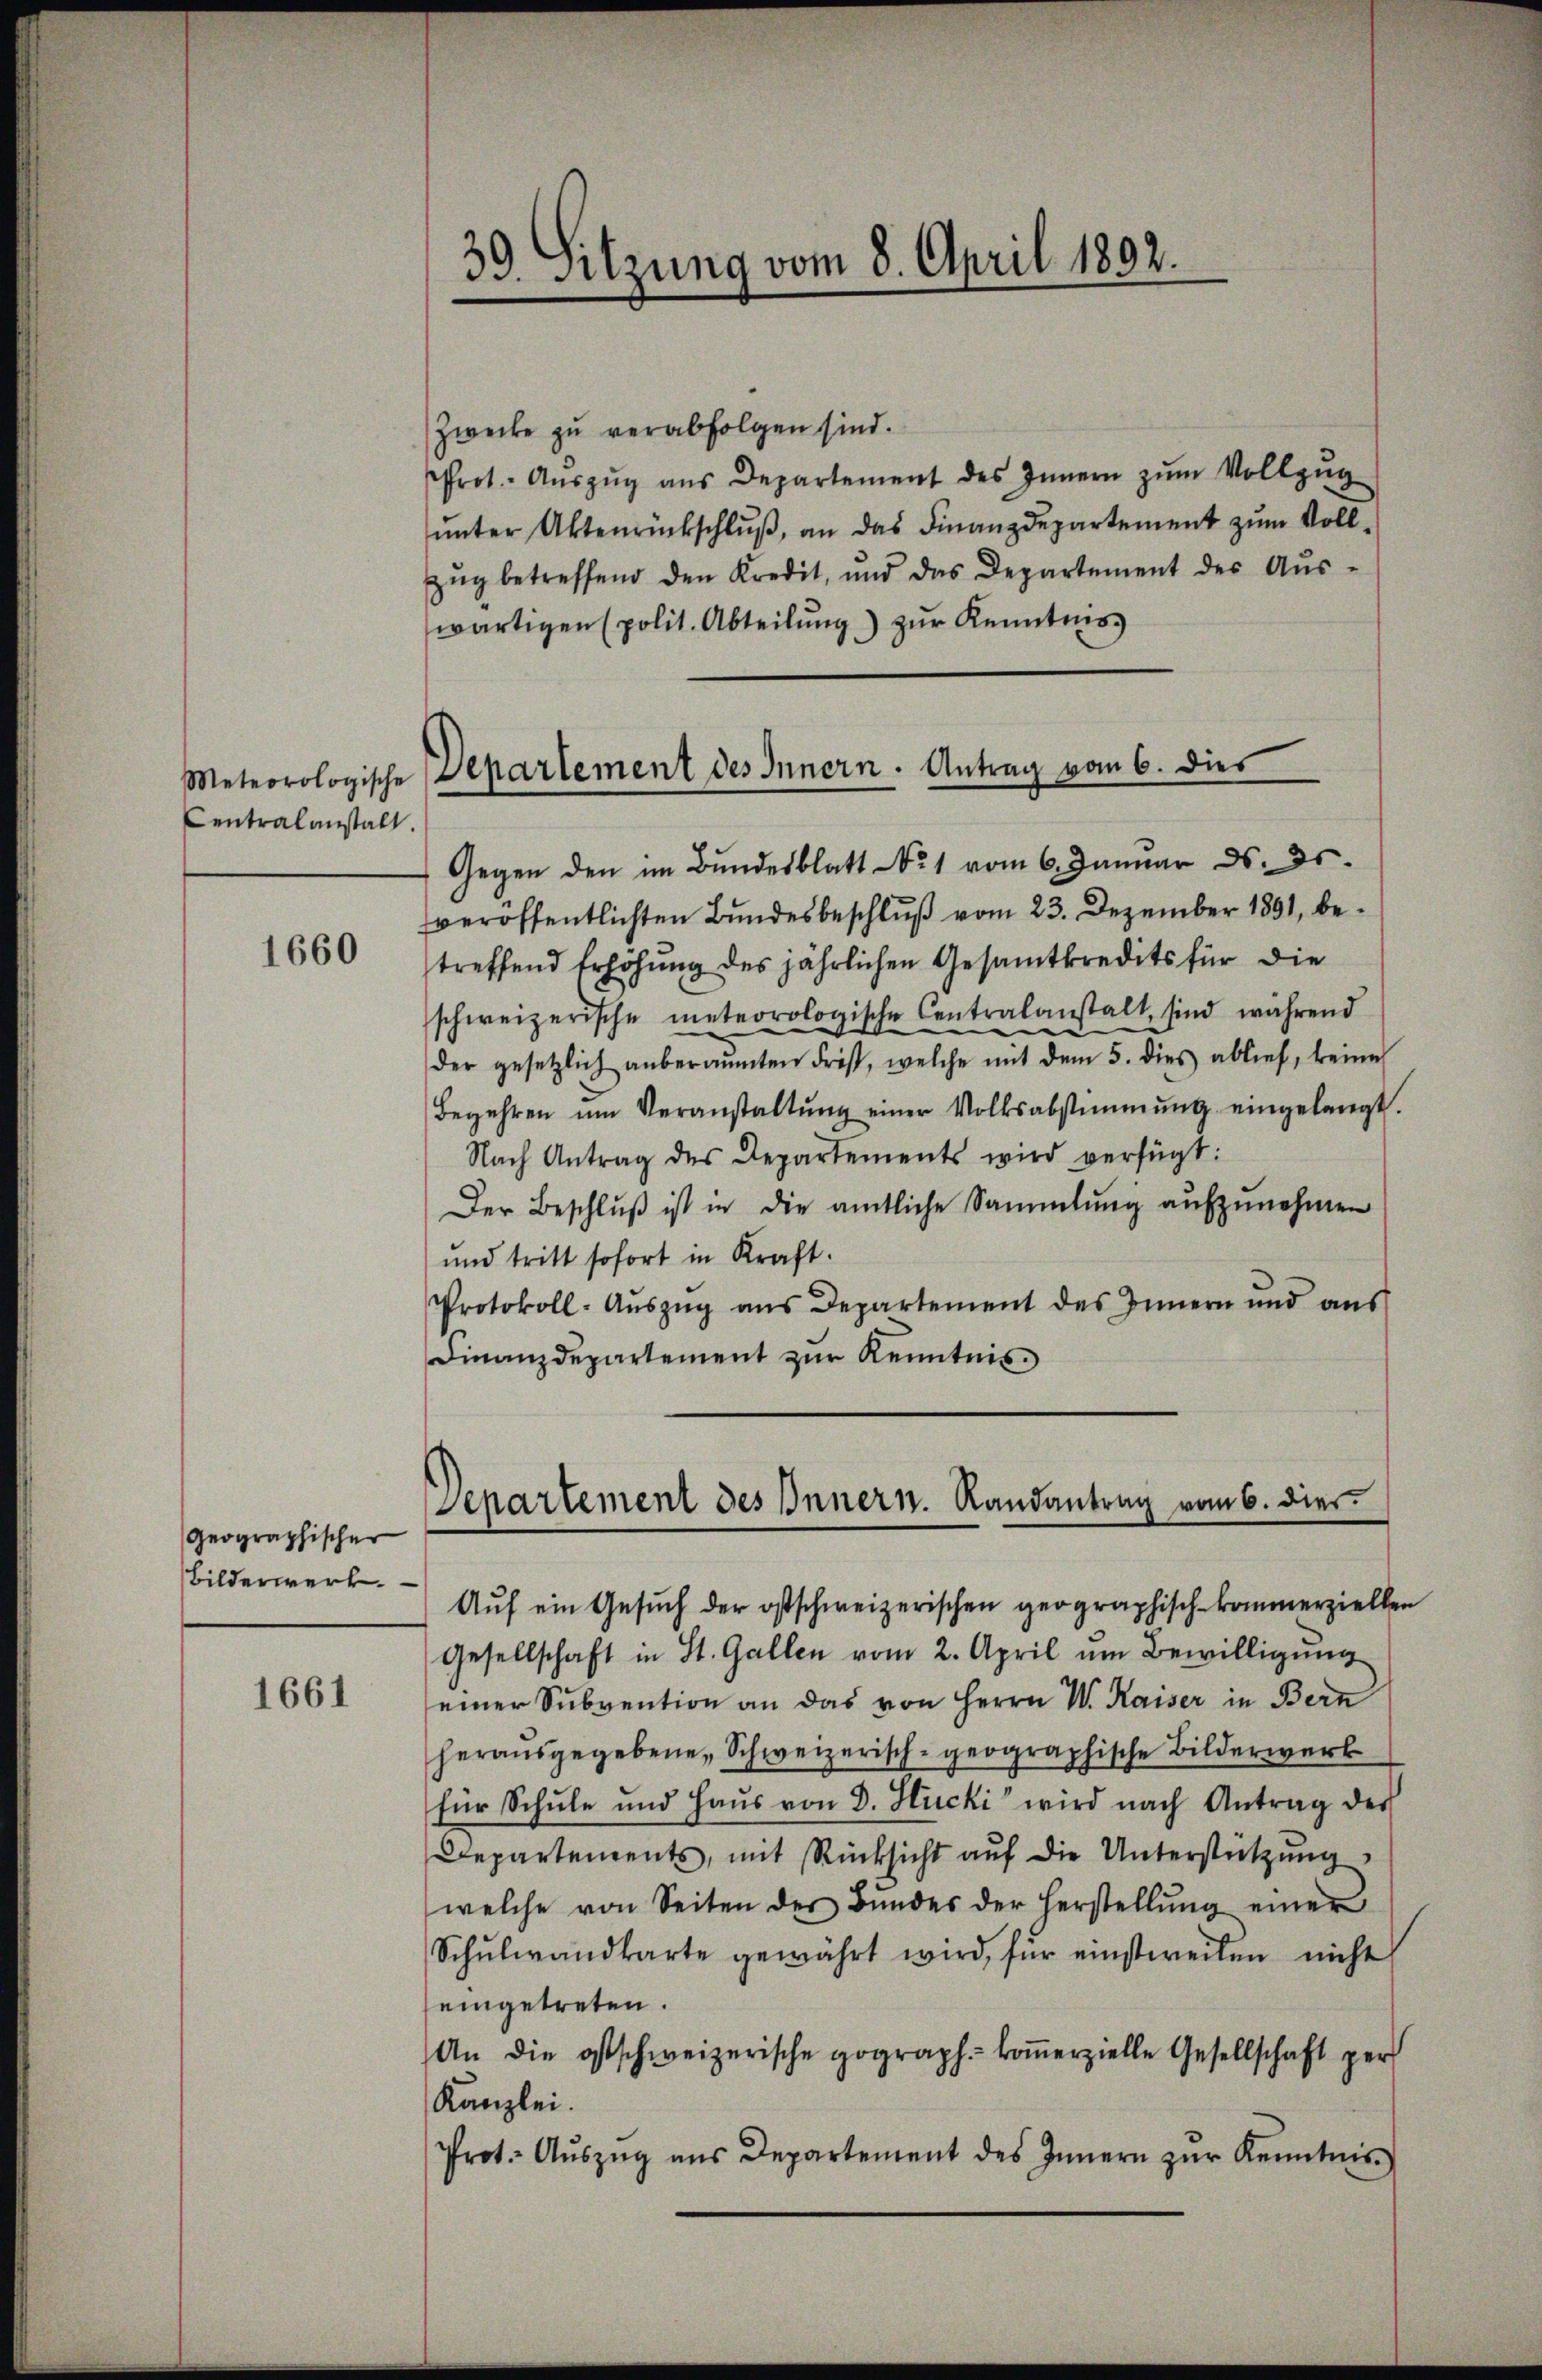
1660

Geographischer
Bilderwerk.

1661

Meteorologische
Centralanstalt.

39. Sitzung vom 8. April 1892.

Zwecke zu verabfolgen sind.
Prot. Aŭszŭg aŭs Departement des Innern zŭm Vollzŭg
ŭnter Aktenrückschlŭβ an das Finanzdepartement zŭm Voll-
Zŭg betreffend den Kredit, und das Departement der Aŭs-
wärtigen (polit. Abteilung) zur Kenntnis

Departement des Innern. Antrag vom 6. dies

Gegen den im Bundesblatt No. 1 vom 6. Januar d. Js.
veröffentlichten Bundesbeschlŭβ vom 23. Dezember 1891, betreffend Erhöhung des jährlichen Gesamtkredits für die
schweizerische meteorologische Centralanstalt sind während
der gesetzlich anberaŭmten Frist, welche mit dem 5. dies ablief, keine
Begehren ŭm Veranstaltŭng einer Volksabstimmung eingelangt.
Nach Antrag des Departements wird verfügt:
Der Beschluß ist in die amtliche Sammlung aufzunehmen
und tritt sofort in Kraft.
Protokoll-Auszug aus Departement des Innern und aus
Finanzdepartement zur Kenntnis.

Denartement des Innern. Landantrag vom 6. dies

Auf ein Gesuch der ostschweizerischen geographisch-kommerziellen
Gesellschaft in St. Gallen vom 2. April um Bewilligung
einer Subvention an das von Herrn V. Kaiser in Bern
herausgegebene Schweizerisch-geographische Bilderwerk
für Schule und Haŭs von D. Stucki wird nach Antrag des
Departements, mit Rücksicht auf die Unterstützung
welche von Seiten des Bŭndes der Herstellŭng einer
Schŭlwandkarte gewährt wird, für einstweilen nicht
eingetreten.
An die ostschweizerische gograph.- koṁerzielle Gesellschaft per
Kanzlei.
Prot. Aŭszŭg ans Departement des Innern zŭr Kenntnis